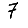
Digit: 7